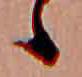
ゝ